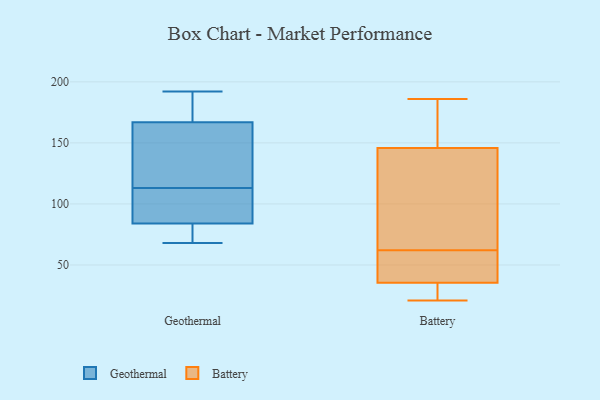
{"axis": {"x": "Inventory Turnover", "y": "Value"}, "legend": ["Battery", "Geothermal"], "data": [{"x": "", "y": 175, "type": "Geothermal"}, {"x": "", "y": 192, "type": "Geothermal"}, {"x": "", "y": 109, "type": "Geothermal"}, {"x": "", "y": 162, "type": "Geothermal"}, {"x": "", "y": 167, "type": "Geothermal"}, {"x": "", "y": 68, "type": "Geothermal"}, {"x": "", "y": 84, "type": "Geothermal"}, {"x": "", "y": 79, "type": "Geothermal"}, {"x": "", "y": 117, "type": "Geothermal"}, {"x": "", "y": 99, "type": "Geothermal"}, {"x": "", "y": 163, "type": "Battery"}, {"x": "", "y": 140, "type": "Battery"}, {"x": "", "y": 185, "type": "Battery"}, {"x": "", "y": 21, "type": "Battery"}, {"x": "", "y": 128, "type": "Battery"}, {"x": "", "y": 50, "type": "Battery"}, {"x": "", "y": 176, "type": "Battery"}, {"x": "", "y": 115, "type": "Battery"}, {"x": "", "y": 44, "type": "Battery"}, {"x": "", "y": 37, "type": "Battery"}, {"x": "", "y": 31, "type": "Battery"}, {"x": "", "y": 186, "type": "Battery"}, {"x": "", "y": 117, "type": "Battery"}, {"x": "", "y": 55, "type": "Battery"}, {"x": "", "y": 30, "type": "Battery"}, {"x": "", "y": 23, "type": "Battery"}, {"x": "", "y": 62, "type": "Battery"}]}